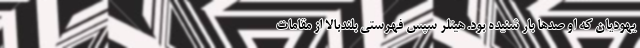
یهودیان که او صدها بار شنیده بود. هیتلر سپس فهرستی بلندبالا از مقامات